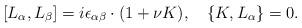
LaTeX: \begin{align*}[L_\alpha,L_\beta]=i\epsilon_{\alpha\beta}\cdot(1+\nu K),\quad\{K,L_\alpha\}=0.\end{align*}